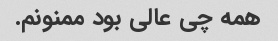
همه چی عالی بود ممنونم.